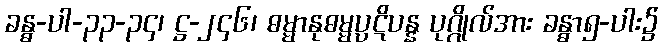
ခန္ဓ-ပါ-၃၃-၃၄၊ ဋ္ဌ-၂၄၆၊ ဓမ္မာနုဓမ္မပ္ပဋိပန္န ပုဂ္ဂိုလ်အား ခန္ဓာ၅-ပါး၌